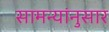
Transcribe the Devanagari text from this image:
सामन्यांनुसार